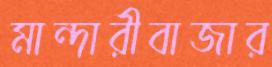
মান্দারীবাজার